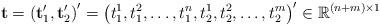
LaTeX: \begin{align*}\mathbf{t}=\left(\mathbf{t}_{1}^{\prime},\mathbf{t}_{2}^{\prime}\right)^{\prime}=\left(t_{1}^{1},t_{1}^{2},\ldots,t_{1}^{n},t_{2}^{1},t_{2}^{2},\ldots,t_{2}^{m}\right)^{\prime}\in\mathbb{R}^{\left(n+m\right)\times1}\end{align*}